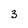
Character: 3